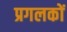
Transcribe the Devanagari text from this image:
प्रगलकों